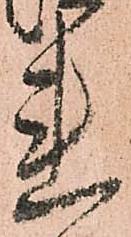
連